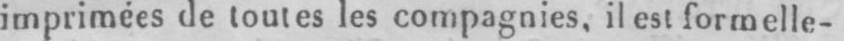
imprimées de toutes les compagnies, il est formelle-